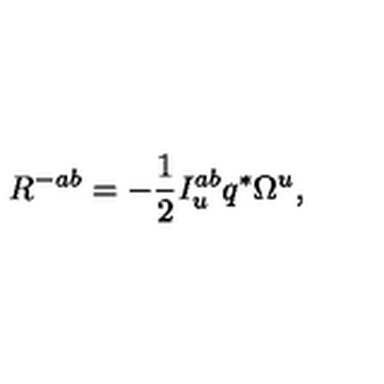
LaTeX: R ^ { - a b } = - { \frac { 1 } { 2 } } I _ { u } ^ { a b } q ^ { * } \Omega ^ { u } ,